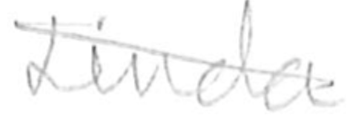
Text: Linda
Cross-out: diagonal
Writing tool: pencil